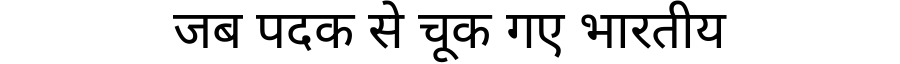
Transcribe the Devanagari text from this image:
जब पदक से चूक गए भारतीय